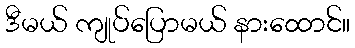
ဒီမယ် ကျုပ်ပြောမယ် နားထောင်။